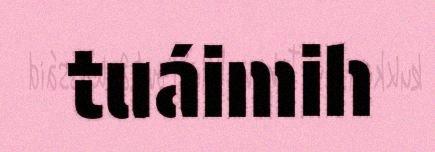
tuáimih